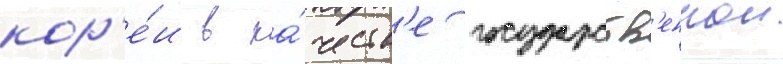
кор'е́и в ка́честв'е государств'еннои